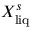
X _ { \mathrm { l i q } } ^ { s }